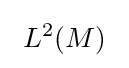
~L^{2}(M)~